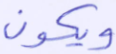
ويكون